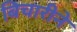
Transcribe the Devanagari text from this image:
बिचारीने